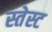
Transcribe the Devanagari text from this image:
स्तेस्ट